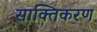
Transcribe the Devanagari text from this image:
साक्तिकरण